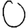
Digit: 0